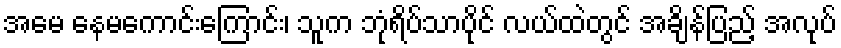
အမေ နေမကောင်းကြောင်း၊ သူက ဘုံရိပ်သာပိုင် လယ်ထဲတွင် အချိန်ပြည့် အလုပ်